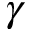
\boldsymbol { \gamma }